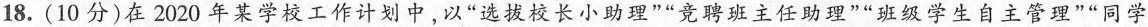
18.(10分)在2020年某学校工作计划中，以”选拔校长小助理””竞聘班主任助理””班级学生自主管理””同学